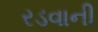
રડવાની